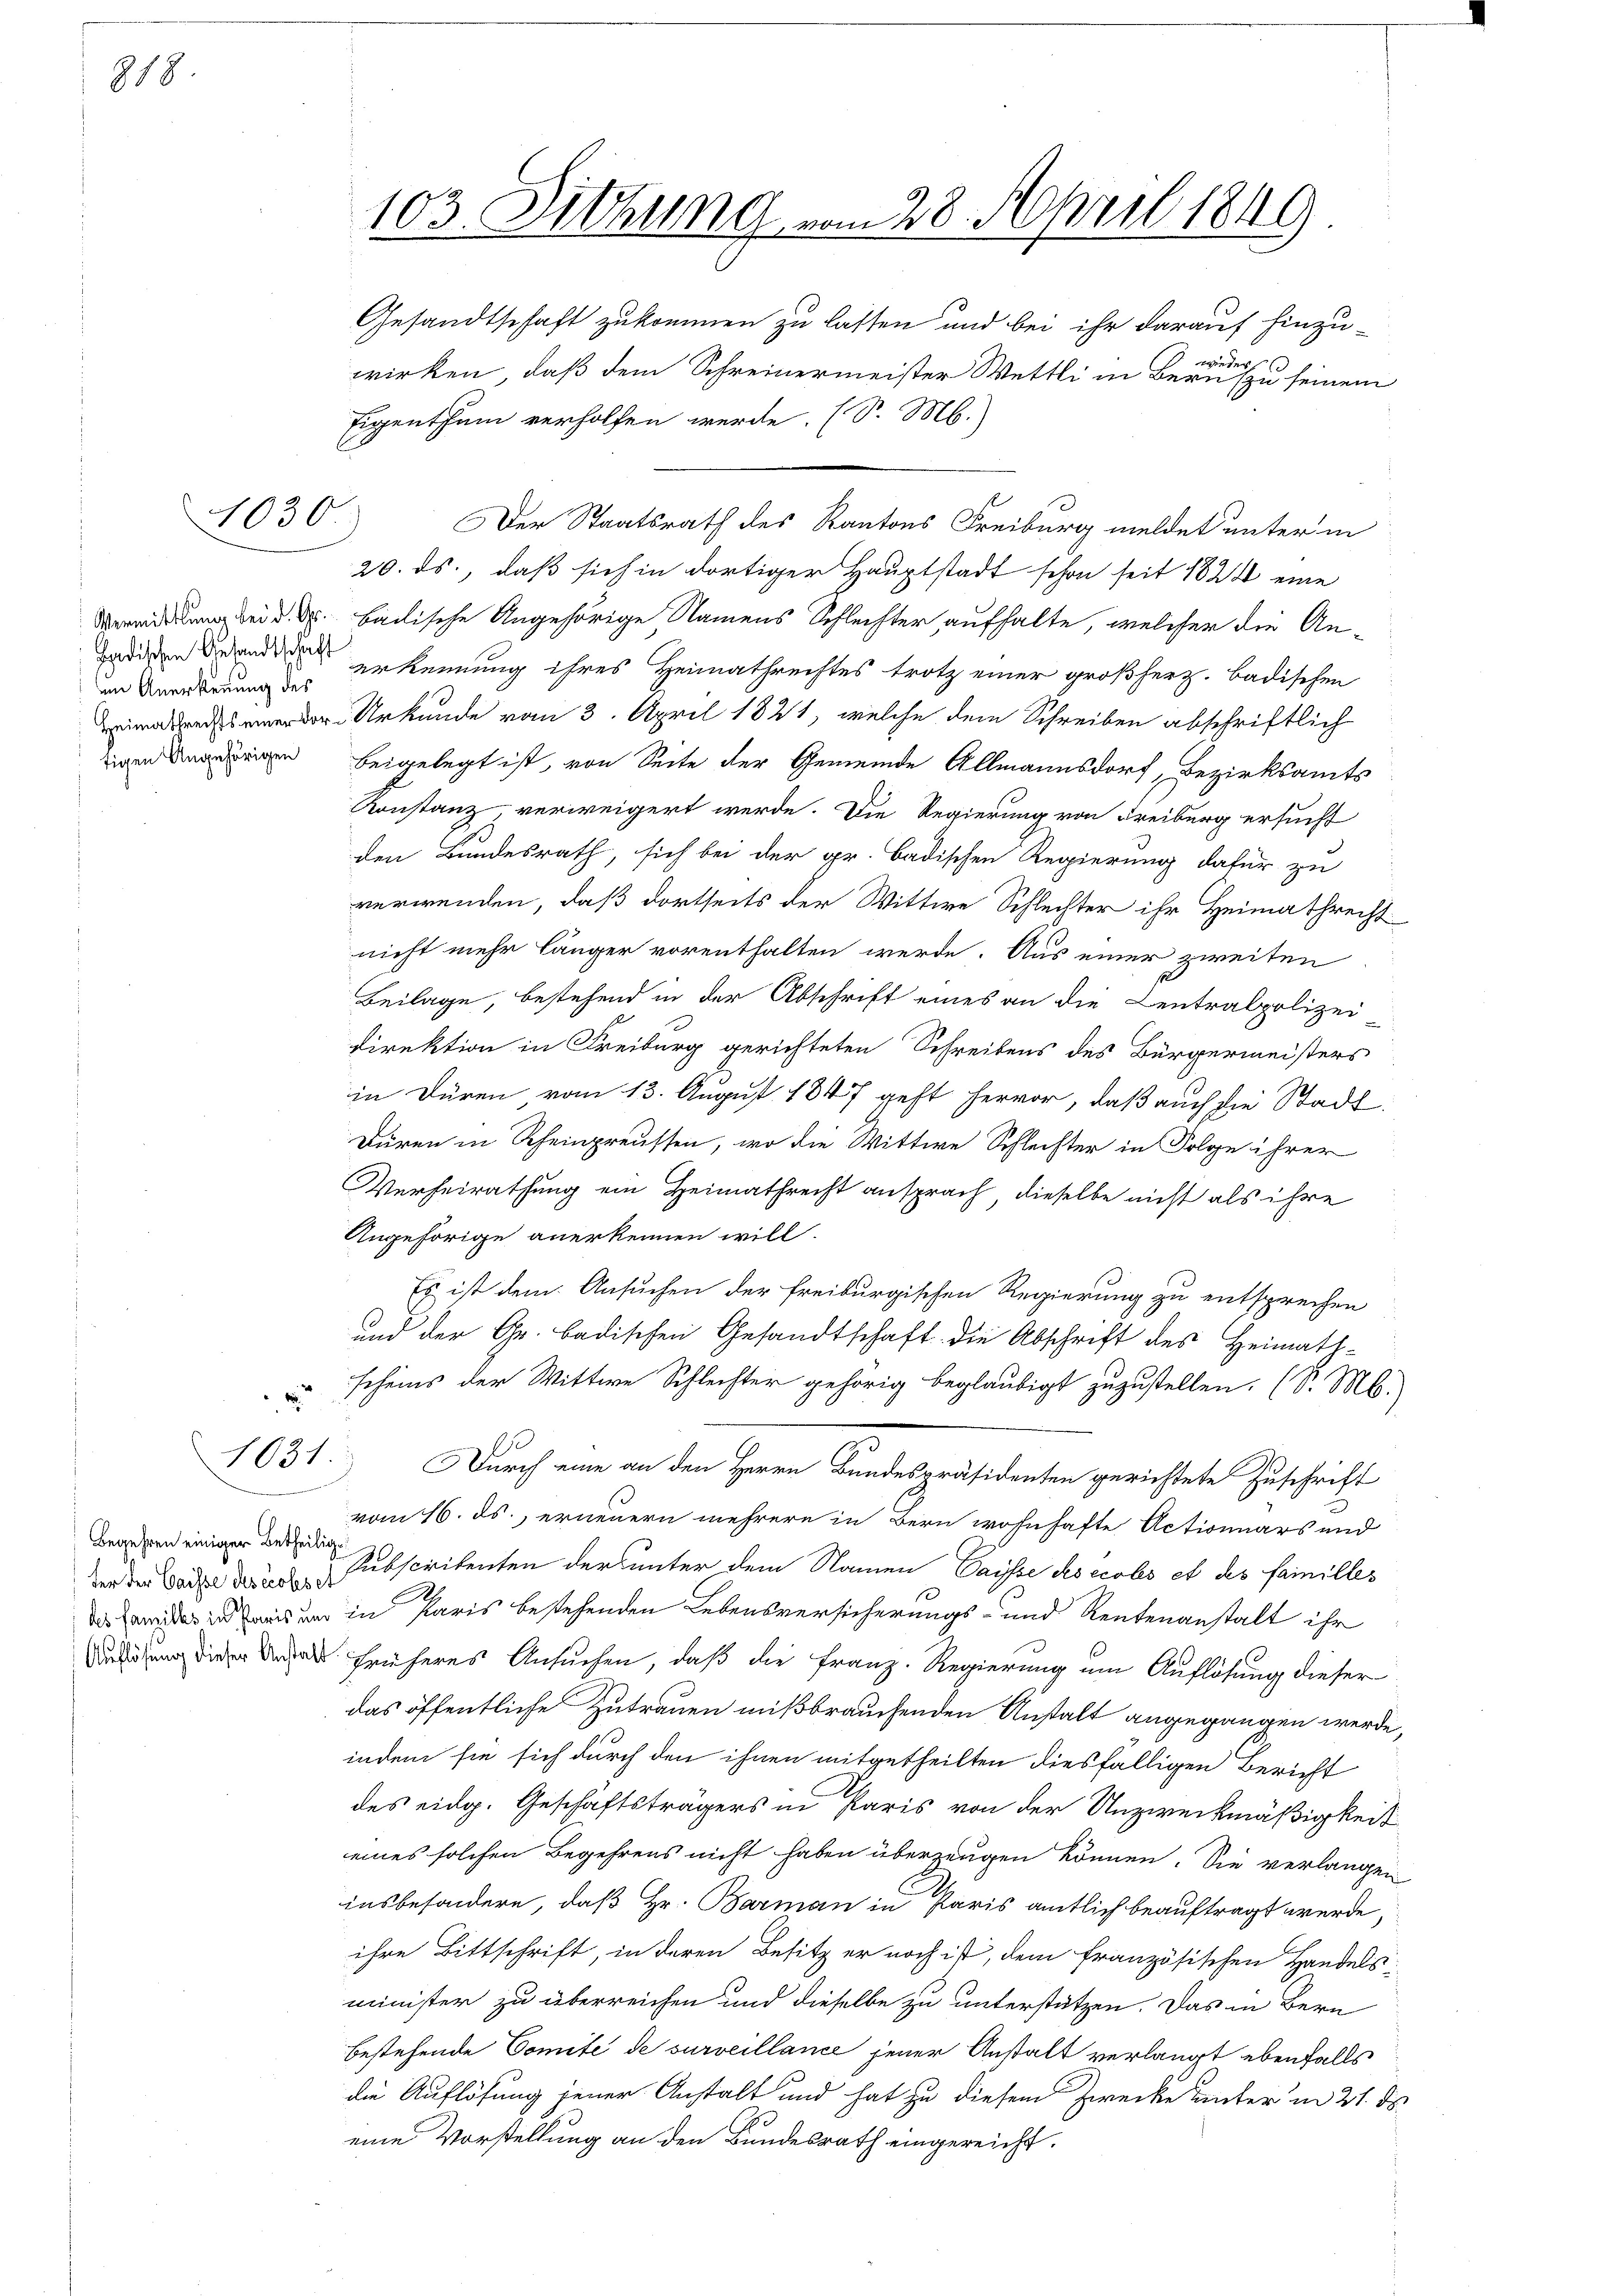
818

im Anerkennung des
tigen Angehörigen

4030.

Gesandtschaft zukommen zu lassen und bei ihr darauf hinzu-
wieder
wirken, daß dem Schreinermeister Wettli in Bern zu seinem
Eigenthum verholfen werde. (S. M.)
Der Staatsrath des Kantons Freiburg meldet unter in
20. ds., daß sich in dortiger Hauptstadt schon seit 1824 eine
Breitung bei d. d. badische Angehörige Namens Schlechter aufhalte, welcher die Anadigen Brand erkennung ihres Heimathrechtes trotz einer großherz. Badischen
iner Urkunde vom 3. April 1821, welche dem Schreiben abschriftlich
beigelegt ist, von Seite der Gemeinde Allmannsdorf, Bezirksamts
Konstanz verweigert werde. Die Regierung von Freiburg ersucht
den Bundesrath, sich bei der gr. Badischen Regierung dafür zu
verwenden, daß dortseits der Wittwe Schlechter ihr Heimathrecht
nicht mehr länger vorenthalten werde. Aus einer zweiten
Beilage, bestehend in der Abschrift eines an die Centralpolizei
Direktion in Freiburg gerichteten Schreibens des Bürgermeisters
in Düren vom 13. August 1847 geht hervor, daß auch die Stadt-
Düren in Rheinpreussen, wo die Wittwe Schlechter in Folge ihrer
Verheirathung ein Heimathrecht ansprach, dieselbe nicht als ihre
Angehörige anerkennen will.
Es ist dem Ansuchen der freiburgischen Regierung zu entsprechen
und der Gr. badischen Gesandtschaft die Abschrift des Heimathscheins der Wittwe Schlechter gehörig beglaubigt zuzustellen. (S. M.,
1631. Durch eine an den Herrn Bundespräsidenten gerichtete Zuschrift
vom 16. ds., erneuern mehrere in Bern wohnhafte Actionuars und
der der Bade der Subscritenten der unter dem Namen Paysse des eccles et des Familledas er es von in Paris bestehenden Lebensversicherungs- und Rentenanstalt ihr
Sedung dieser der früheres Ansuchen, daß die Franz. Regierung um Auflösung dieser
das öffentliche Zutrauen mißbrauchenden Anstalt angegangen werde,
indem sie sich durch den ihnen mitgetheilten diesfälligen Bericht
des eidg. Geschäftsträgers in Paris von der Unzweckmäßigkeit
eines solchen Begehrens nicht haben überzeugen können. Sie verlangen
insbesondere, daß Hr. Barman in Paris amtlich beauftragt werde,
ihre Bittschrift, in deren Besitz er noch ist, dem französischen Handels-
minister zu überreichen und dieselbe zu unterstützen. Das in Bern
bestehende Comité de surveillance jener Anstalt verlangt ebenfalls
die Auflösung jener Anstalt und hat zu diesem Zwecke unter in 21. ds.
eine Vorstellung an den Bundesrath eingereicht.

2

Begehren einiger Betheilig

103. Dithung vom 28. April 1849